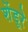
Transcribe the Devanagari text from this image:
शेंडूरे